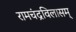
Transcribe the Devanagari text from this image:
रामचंद्रविलासम्